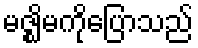
မဇ္ဈိမကိုပြောသည်